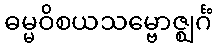
ဓမ္မဝိစယသမ္ဗောဇ္ဈင်္ဂံ